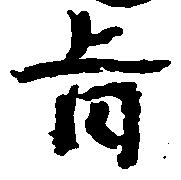
旨